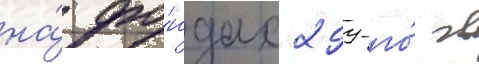
на́ фо́ндах 299-го́ гв